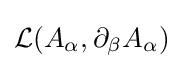
{\mathcal {L}}{\mathord {\left(A_{\alpha },\partial _{\beta }A_{\alpha }\right)}}